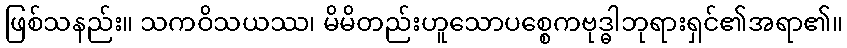
ဖြစ်သနည်း။ သကဝိသယဿ၊ မိမိတည်းဟူသောပစ္စေကဗုဒ္ဓါဘုရားရှင်၏အရာ၏။